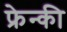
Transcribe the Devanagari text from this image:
फ्रेन्की